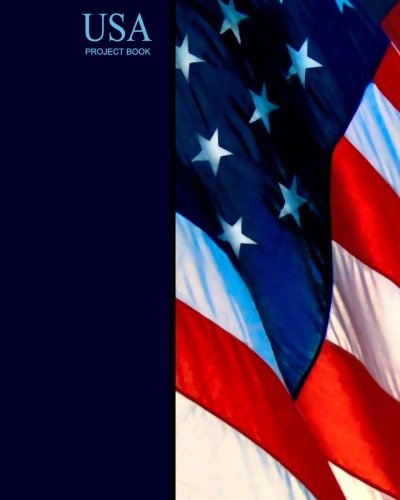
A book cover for USA Project Book: American Flag ( Journal / Large Notebook ) (World Cultures); smART bookx; Travel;